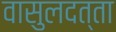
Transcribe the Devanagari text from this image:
वासुलदत्ता